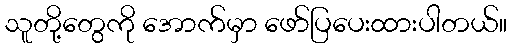
သူတို့တွေကို အောက်မှာ ဖော်ပြပေးထားပါတယ်။